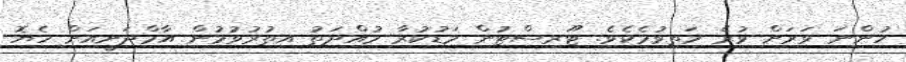
ހުންނަ ވަރަށް ވުރެ މަތިވުމެކެވެ. ޓޫރިސްޓުން މަޑުކުރާ މުއްދަތު އިތުރުވުމުން އާމްދަނީއަށް ހެޔޮ